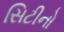
સિટીનો